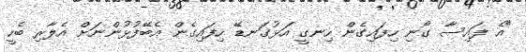
"އެ ފައިސާ ގޯނި ހިފައިގެން ހިނގީ އަޅުގަނޑޭ ހިފައިގެން އެބޭފުޅުންނަށް އެލާރި ބެހީ